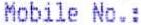
MOBILE NO.: